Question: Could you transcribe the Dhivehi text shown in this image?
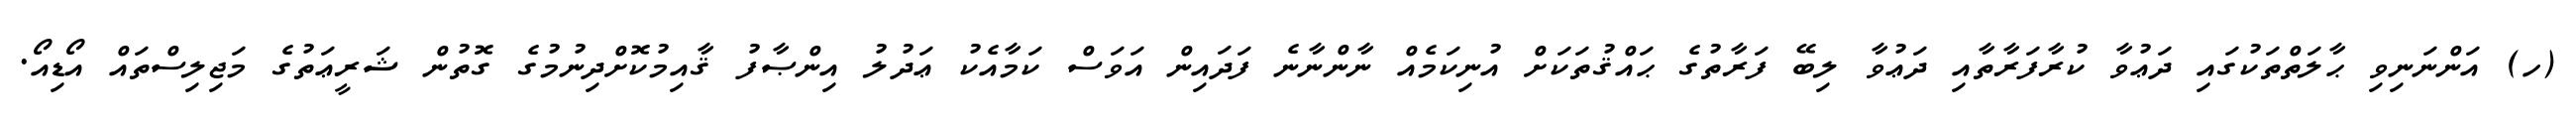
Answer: (ހ) އަންނަނިވި ޙާލަތްތަކުގައި ދަޢުވާ ކުރާފަރާތާއި ދަޢުވާ ލިބޭ ފަރާތުގެ ޙައްޤުތަކަށް އުނިކަމެއް ނާންނާނެ ފަދައިން އަވަސް ކަމާއެކު ޢަދުލު އިންޞާފު ޤާއިމުކޮށްދިނުމުގެ ގޮތުން ޝަރީޢަތުގެ މަޖިލިސްތައް އޯޑިއޯ.